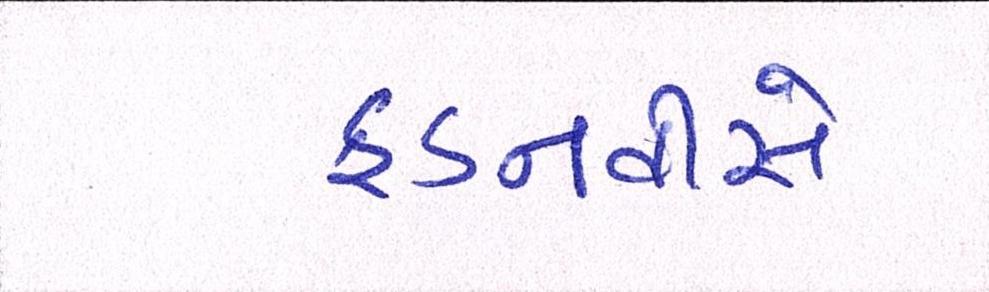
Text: ફડનવીસે